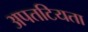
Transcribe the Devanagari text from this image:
अपतटियता